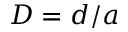
D = d / a